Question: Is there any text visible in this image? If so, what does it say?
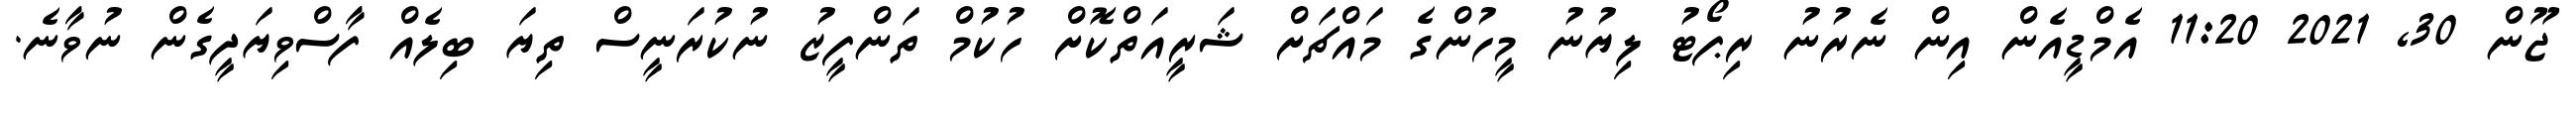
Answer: ޖޫން 30, 2021 11:20 އެމްޑީއެން އިން ނެރުނު ރިޕޯޓު ލިޔުނު މީހުންގެ މައްޗަށް ޝަރީއަތްކޮށް ހުކުމް ތަންފީޒު ނުކުރަނީސް ތިޔަ ބިލެއް ފާސްވިޔަދީގެން ނުވާނެ.